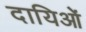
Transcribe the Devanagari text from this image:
दायिओं